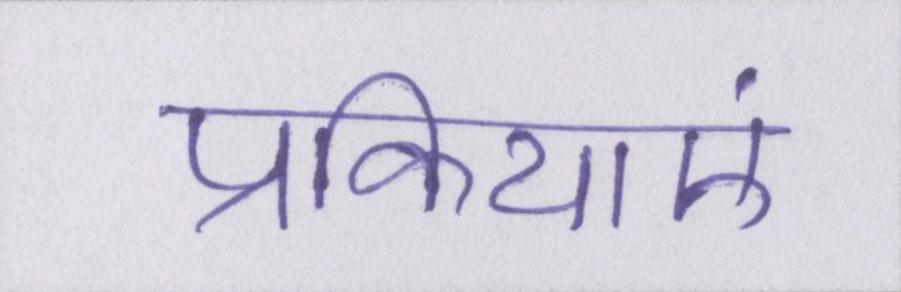
प्रक्रियाएं